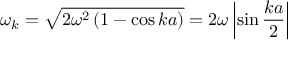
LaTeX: \omega _ { k } = { \sqrt { 2 \omega ^ { 2 } \left( 1 - \cos { k a } \right) } } = 2 \omega \left| \sin { \frac { k a } { 2 } } \right|